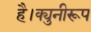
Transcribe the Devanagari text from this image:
है।क्युनीरूप